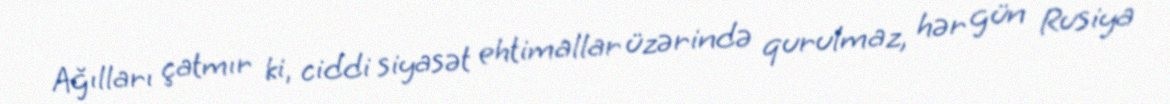
Ağılları çatmır ki, ciddi siyasət ehtimallar üzərində qurulmaz, hər gün Rusiya